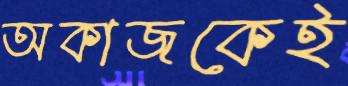
অকাজকেই